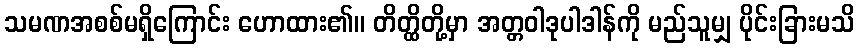
သမဏအစစ်မရှိကြောင်း ဟောထား၏။ တိတ္ထိတို့မှာ အတ္တဝါဒုပါဒါန်ကို မည်သူမျှ ပိုင်းခြားမသိ